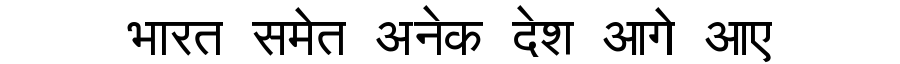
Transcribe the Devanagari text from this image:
भारत समेत अनेक देश आगे आए